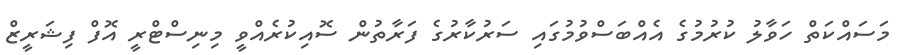
މަސައްކަތް ހަވާލު ކުރުމުގެ އެއްބަސްވުމުގައި ސަރުކާރުގެ ފަރާތުން ސޮއިކުރެއްވީ މިނިސްޓްރީ އޮފް ފިޝަރީޒް